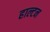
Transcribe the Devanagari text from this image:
हाल्टन